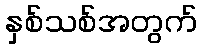
နှစ်သစ်အတွက်